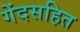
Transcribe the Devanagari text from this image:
गेंदसहित